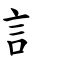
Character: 訁